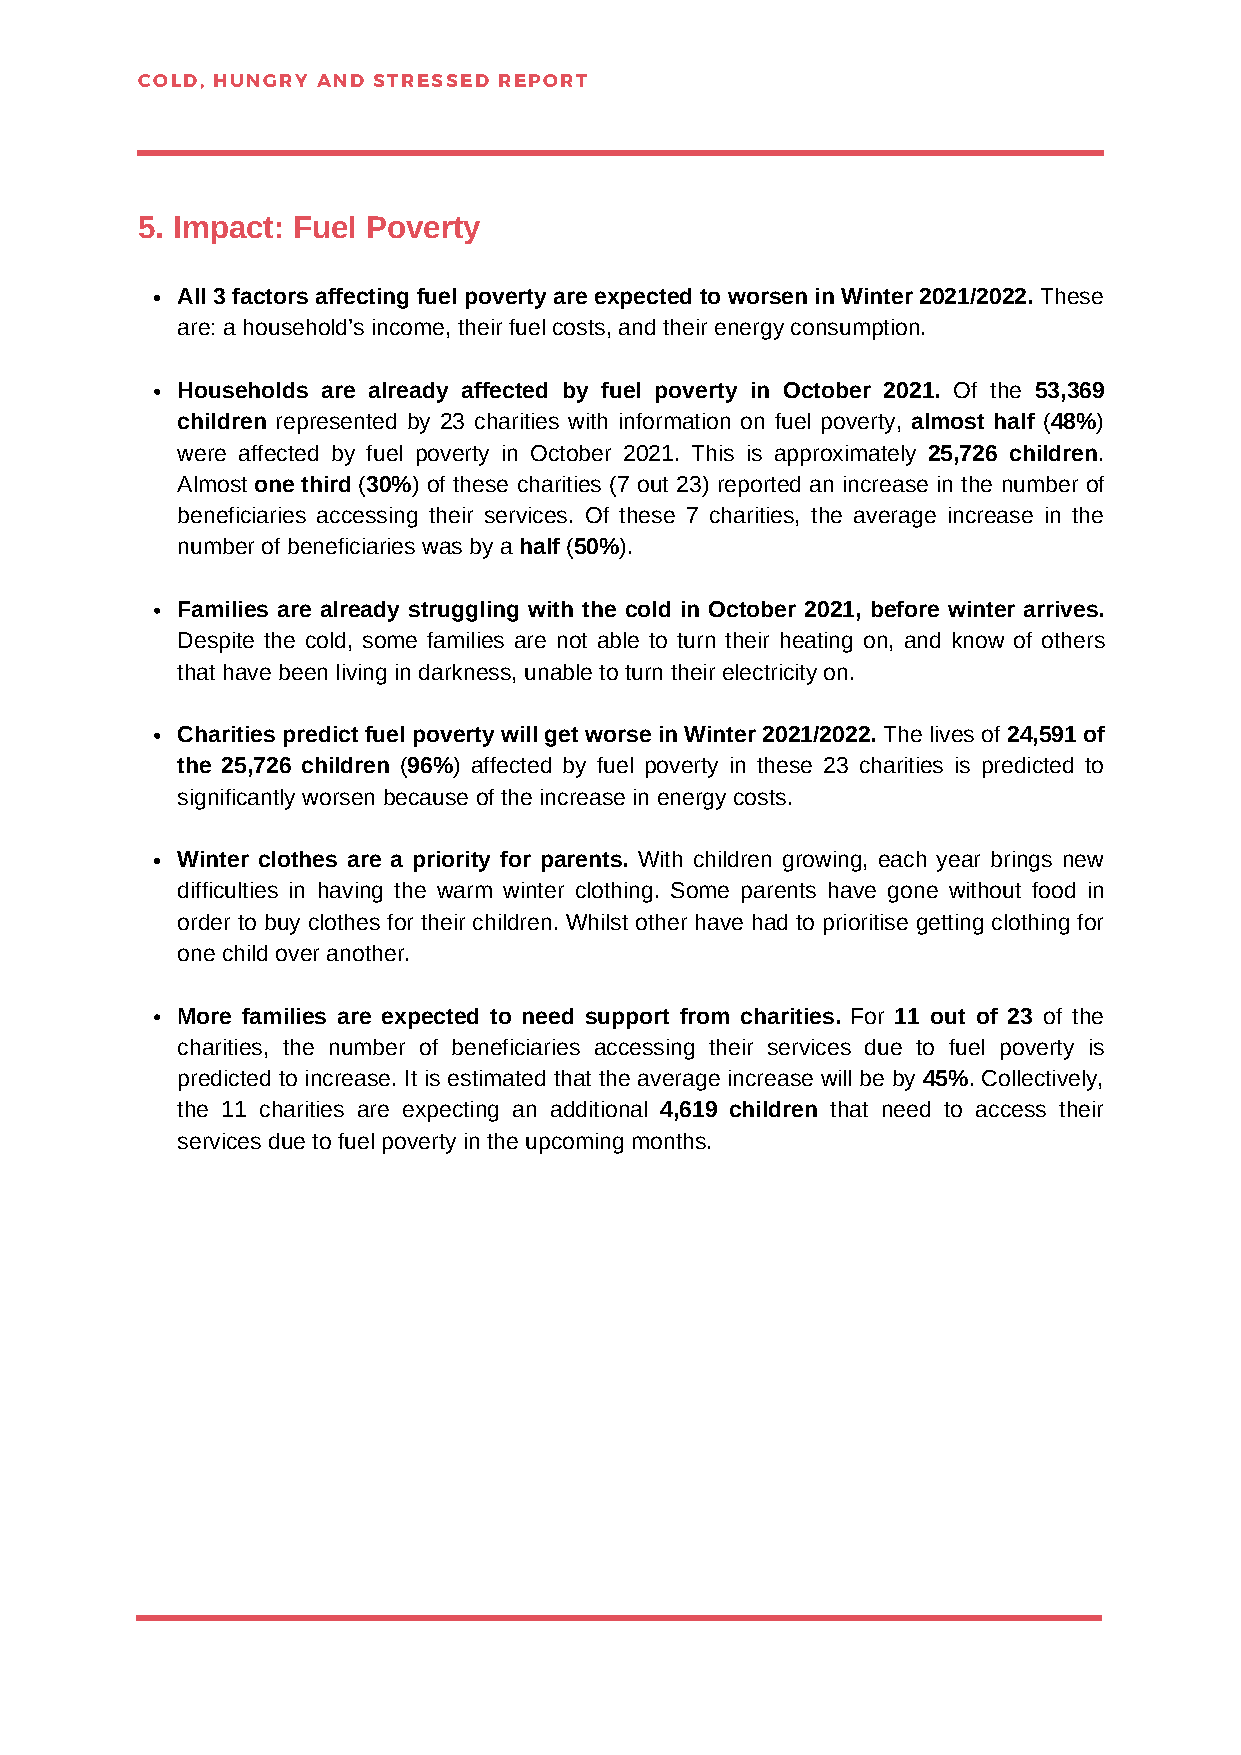
COLD, HUNGRY AND STRESSED REPORT
 5. Impact: Fuel Poverty
 All 3 factors affecting fuel poverty are expected to worsen in Winter 2021/2022. These
 are: a household’s income, their fuel costs, and their energy consumption.
 Households are already affected by fuel poverty in October 2021. Of the 53,369
 children represented by 23 charities with information on fuel poverty, almost half (48%)
 were affected by fuel poverty in October 2021. This is approximately 25,726 children.
 Almost one third (30%) of these charities (7 out 23) reported an increase in the number of
 beneficiaries accessing their services. Of these 7 charities, the average increase in the
 number of beneficiaries was by a half (50%).
 Families are already struggling with the cold in October 2021, before winter arrives.
 Despite the cold, some families are not able to turn their heating on, and know of others
 that have been living in darkness, unable to turn their electricity on.
 Charities predict fuel poverty will get worse in Winter 2021/2022. The lives of 24,591 of
 the 25,726 children (96%) affected by fuel poverty in these 23 charities is predicted to
 significantly worsen because of the increase in energy costs.
 Winter clothes are a priority for parents. With children growing, each year brings new
 difficulties in having the warm winter clothing. Some parents have gone without food in
 order to buy clothes for their children. Whilst other have had to prioritise getting clothing for
 one child over another.
 More families are expected to need support from charities. For 11 out of 23 of the
 charities, the number of beneficiaries accessing their services due to fuel poverty is
 predicted to increase. It is estimated that the average increase will be by 45%. Collectively,
 the 11 charities are expecting an additional 4,619 children that need to access their
 services due to fuel poverty in the upcoming months.